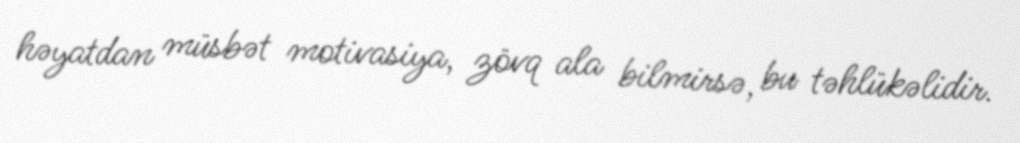
həyatdan müsbət motivasiya, zövq ala bilmirsə, bu təhlükəlidir.